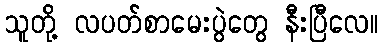
သူတို့ လပတ်စာမေးပွဲတွေ နီးပြီလေ။